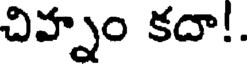
చివ్నాం కదా!.